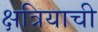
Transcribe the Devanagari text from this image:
क्षत्रियाची